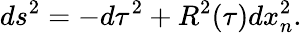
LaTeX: ds^{2}=-d\tau^{2}+R^{2}(\tau)dx_{n}^{2}.